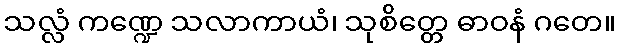
သလ္လံ ကဏ္ဍေ သလာကာယံ၊ သုစိတ္တေ ဓာဝနံ ဂတေ။